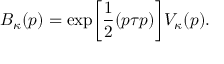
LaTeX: B _ { \kappa } ( p ) = \exp \biggl [ \frac { 1 } { 2 } ( p \tau p ) \biggr ] V _ { \kappa } ( p ) .